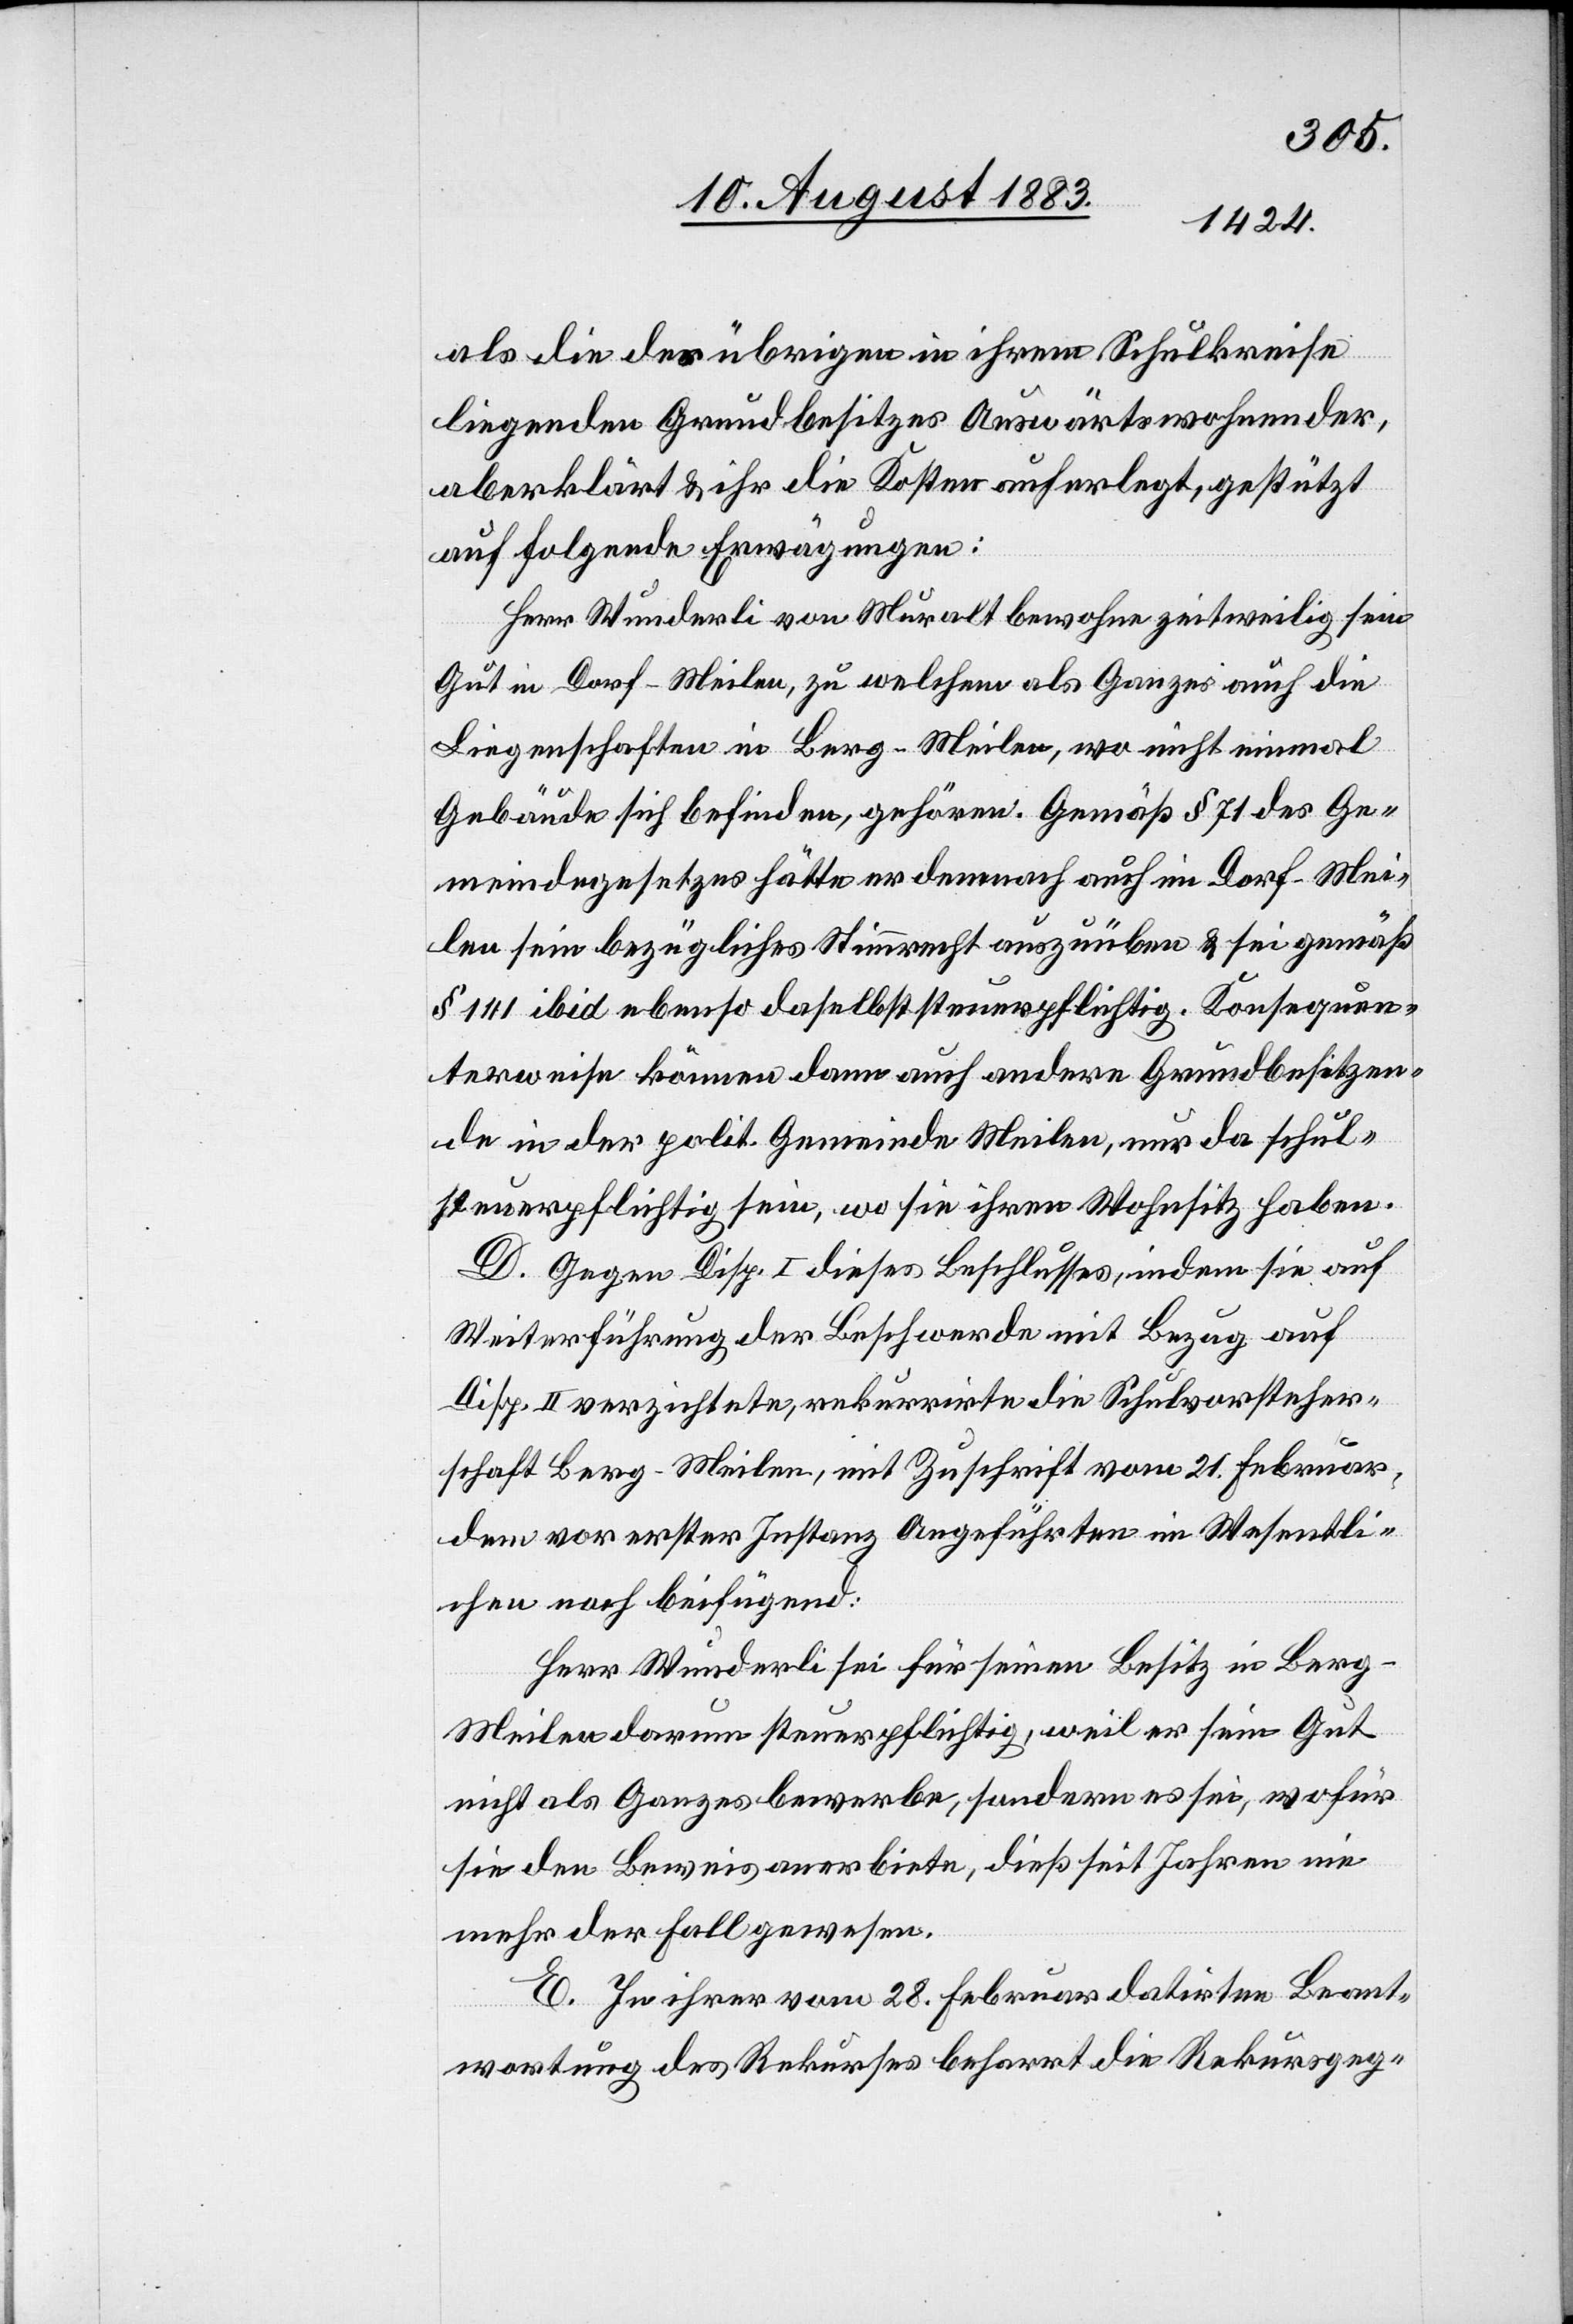
als die des übrigen in ihrem Schulkreise
liegenden Grundbesitzes Auswärtswohnender,
aberklärt & ihr die Kosten auferlegt, gestützt
auf folgende Erwägungen:
Herr Wunderli von Muralt bewohne zeitweilig sein
Gut in Dorf - Meilen, zu welchem als Ganzes auch die
Liegenschaften in Berg - Meilen, wo nicht einmal
Gebäude sich befinden, gehöre. Gemäß § 71 des Ge¬
meindegesetzes hätte er demnach auch im Dorf - Mei¬
len sein bezügliches Stimmrecht auszuüben & sei gemäß
§ 141 ibid ebenso daselbst steuerpflichtig. Konsequen¬
terweise könne dann auch andere Grundbesitzen¬
de in der polit. Gemeinde Meilen, nur da schul¬
steuerpflichtig sein, wo sie ihren Wohnsitz haben.
D. Gegen Disp. I dieses Beschlusses, indem sie auf
Weiterführung der Beschwerde mit Bezug auf
Disp. II verzichtete, rekurrirte die Schulvorsteher¬
schaft Berg - Meilen, mit Zuschrift vom 21. Februar,
dem vor erster Instanz angeführten im Wesentli¬
chen noch beifügend:
Herr Wunderli sei für seinen Besitz in Berg
Meilen darum steuerpflichtig, weil er sein Gut
nicht als Ganzes bewerbe, sondern es sei, wofür
sie den Beweis anerbiete, dieß seit Jahren nie
mehr der Fall gewesen.
E. In ihrer vom 28. Februar datirten Beant¬
wortung des Rekurses beharrt die Rekursgeg-